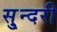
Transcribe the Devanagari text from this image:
सु्न्दरी